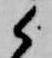
候